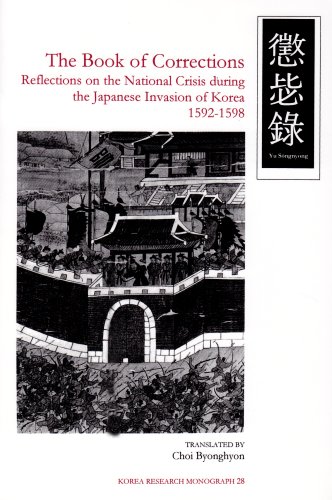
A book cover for Book of Corrections: Reflections on the National Crisis During the Japanese Invasion of Korea, 1592-1598 (Korea Research Monograph 28); Song-Nyong Yu; History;